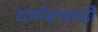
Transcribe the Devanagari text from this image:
धर्मांबाबतही